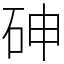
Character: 砷